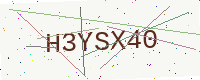
Text: H3YSX40